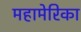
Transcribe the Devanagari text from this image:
महामेरिका